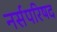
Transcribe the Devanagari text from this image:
नर्सपरिषद